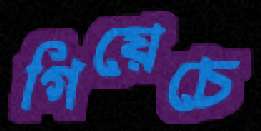
গিয়েচে